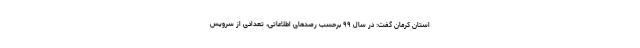
استان کرمان گفت: در سال ۹۹ برحسب رصدهای اطلاعاتی، تعدادی از سرویس